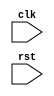
module MIPS(
	input	wire	clk,
	input	wire	rst
);

/*
	compile module CPU
	compile module InstRom
	compile module DataRam
*/

endmodule